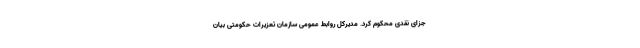
جزای نقدی محکوم کرد. مدیرکل روابط عمومی سازمان تعزیرات حکومتی بیان